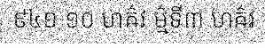
៩៤១ ១០ ហឝ៌វ ម៌្មទី៣ ហឝ៌វ